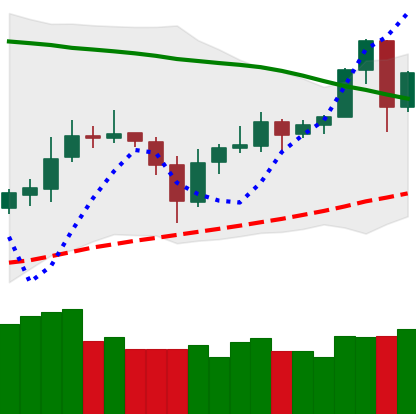
Ticker: ETC-USD
Chart end date: 2020-06-01
Forward return: -5.002%
Label: down_5_7